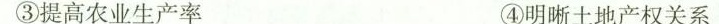
③提高农业生产率 ④明晰土地产权关系